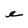
Character: e